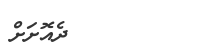
ދެއޮށަށް